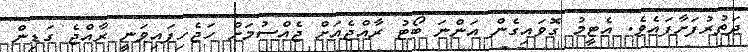
ދަތުރުފަށާފައެވެ. އެޓީމު ގޮވައިގެން އަންނަ ބޯޓު ރާއްޖެއަށް ޖެއްސުމަށް ހަޖެހިފައިވަނީ ރާއްޖެ ގަޑިން